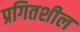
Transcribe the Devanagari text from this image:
प्रगितशील